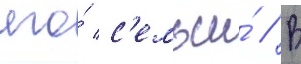
его́ с'емьи́ // В